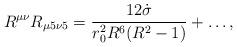
LaTeX: \begin{align*}R^{\mu\nu} R_{\mu 5 \nu 5} = \frac{12 \dot{\sigma}}{r_0^2 R^6 (R^2-1)}+ \ldots,\end{align*}